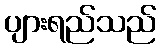
ပျားရည်သည်